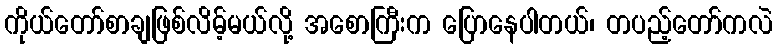
ကိုယ်တော်စာချဖြစ်လိမ့်မယ်လို့ အစောကြီးက ပြောနေပါတယ်၊ တပည့်တော်ကလဲ